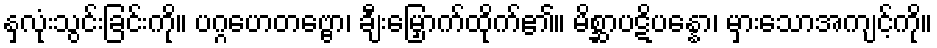
နှလုံးသွင်းခြင်းကို။ ပဂ္ဂဟေတဗ္ဗော၊ ချီးမြှောက်ထိုက်၏။ မိစ္ဆာပဋိပန္နော၊ မှားသောအကျင့်ကို။